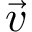
\vec { v }